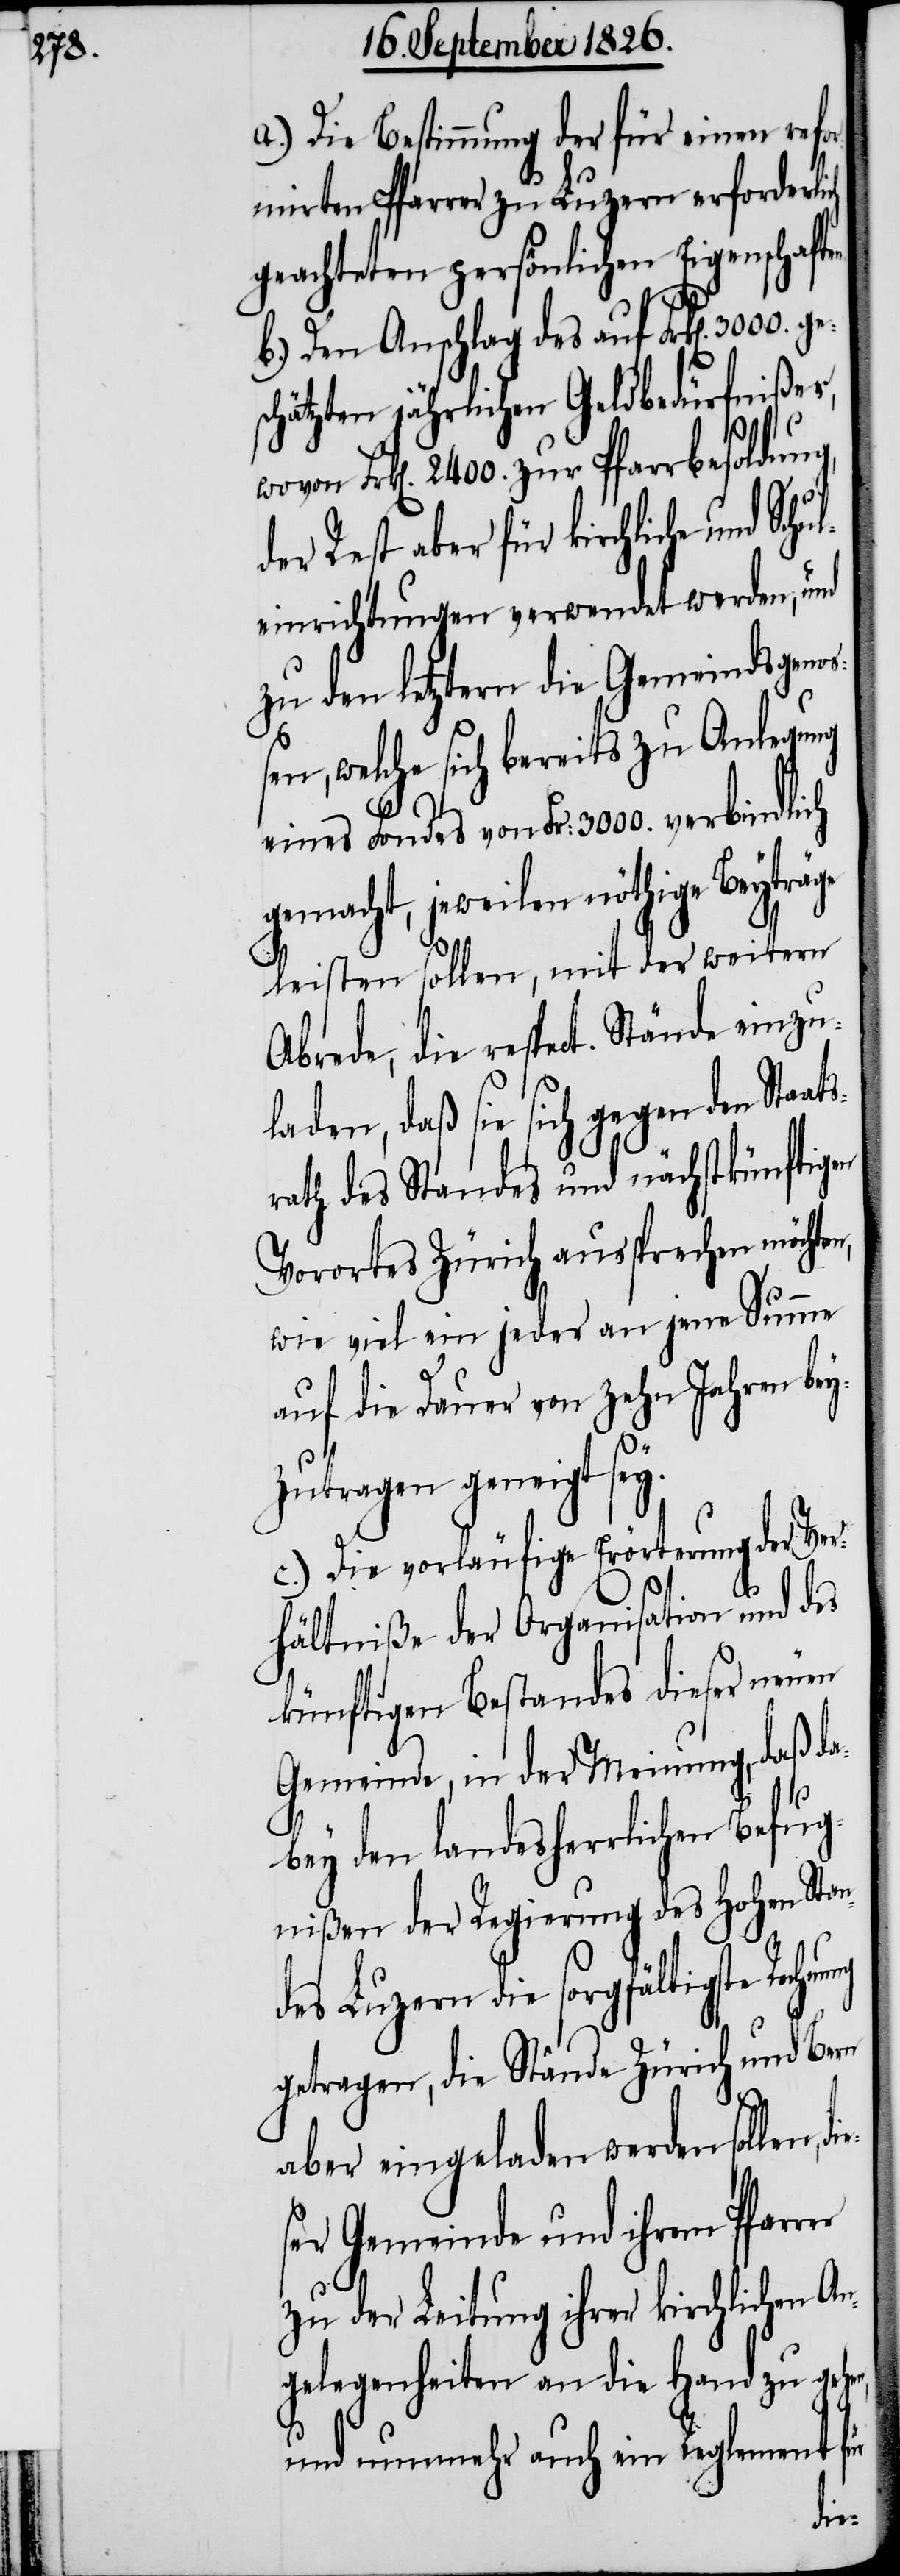
a.) Die Bestimmung der für einen refo¬
rmirten Pfarrer zu Luzern erforderl¬
geachteten persönlichen Eigenschafte¬
b.) Den Anschlag des auf Frk[en].
schätzten jährlichen Geldbedürfnißes,
Schul¬
wovon Frk[en]. 244. zur Pfarrbesoldung,
der Rest aber für kirchliche und
einrichtungen verwendet werden, und
zu den letztern die Gemeindsgeno¬
ßen, welche sich bereits zu Anlegung
Fondes von Frk[en]. 3000. verbindlich
gemacht, jeweilen nöthige Beyträ¬
n,
leisten sollen, mit der weitern
Abrede, die respect. Stände einzu¬
laden, daß sie sich gegen den Staats¬
rath des Standes und nächstkünftigen
Vorortes Zürich aussprechen möchte¬
wie viel ein jeder an jene Summe
auf die Dauer von zehn Jahren bey¬
zutragen geneigt sey.
c.) Die vorläufige Erörterung der Ver¬
hältniße der Organisation und des
künftigen Bestandes dieser neuen
Gemeinde, in der Meinung, daß da¬
bey den landesherrlichen Befug¬
nißen der Regierung des hohen Stan¬
des Luzern die sorgfältigste Rechn¬
getragen, die Stände Zürich und Bern
aber eingeladen werden sollen,
ser Gemeinde und ihrem Pfarr¬
zu der Leitung ihrer kirchlichen An¬
gelegenheiten an die Hand zu gehe¬
und nunmehr auch ein Reglement für
er